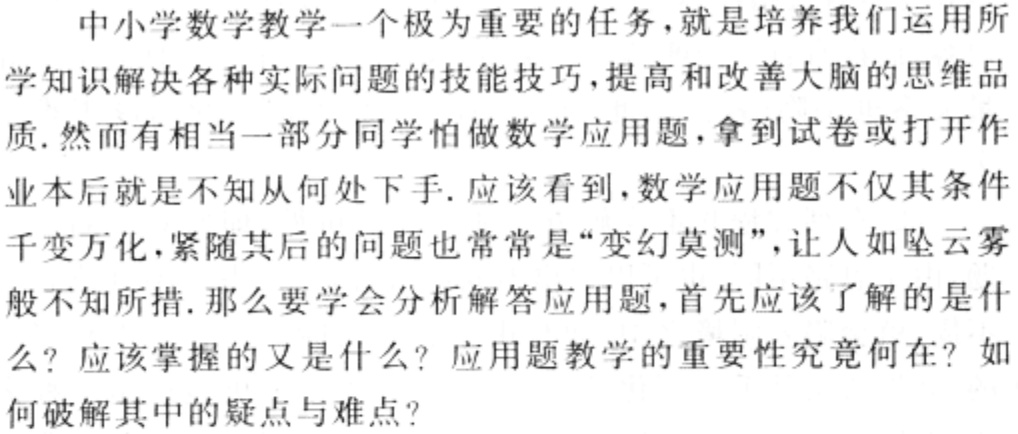
中小学数学教学一个极为重要的任务，就是培养我们运用所学知识解决各种实际问题的技能技巧，提高和改善大脑的思维品质. 然而有相当一部分同学怕做数学应用题，拿到试卷或打开作业本后就是不知从何处下手. 应该看到，数学应用题不仅其条件千变万化，紧随其后的问题也常常是“变幻莫测”，让人如坠云雾般不知所措. 那么要学会分析解答应用题，首先应该了解的是什么？应该掌握的又是什么？应用题教学的重要性究竟何在？如何破解其中的疑点与难点？